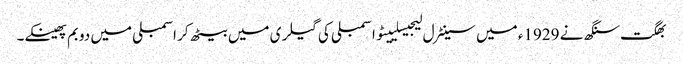
بھگت سنگھ نے 1929ء میں سینٹرل لیجیسلییٹو اسمبلی کی گیلری میں بیٹھ کر اسمبلی میں دو بم پھینکے۔